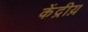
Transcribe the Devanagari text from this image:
केंद्रीय़